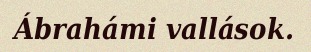
Ábrahámi vallások.